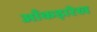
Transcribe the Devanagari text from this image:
आँकड़ारेख